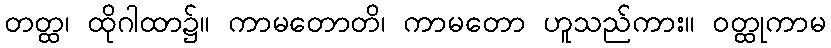
တတ္ထ၊ ထိုဂါထာ၌။ ကာမတောတိ၊ ကာမတော ဟူသည်ကား။ ဝတ္ထုကာမ